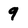
Character: 9